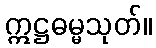
ဣဋ္ဌဓမ္မသုတ်။